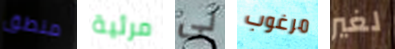
منطق مرئية لى مرغوب لغير